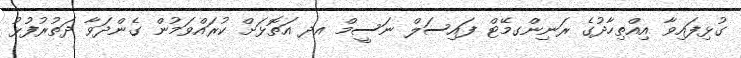
ގުޅިފައިވާ އިއްތިހާދުގެ ރަނިންގމޭޓް ފައިސަލް ނަސީމް އދ އަތޮޅަށް ކުރައްވަމުން ގެންދަވާ ދަތުރުފުޅު